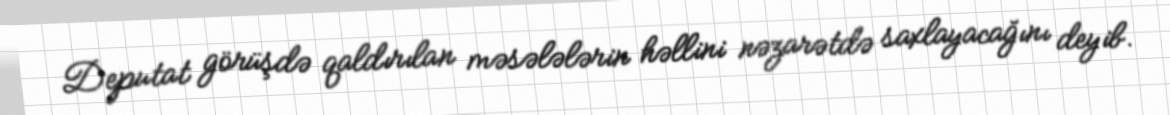
Deputat görüşdə qaldırılan məsələlərin həllini nəzarətdə saxlayacağını deyib.